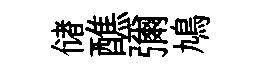
储醮彌鳩